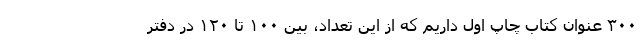
۳۰۰ عنوان کتاب چاپ اول داریم که از این تعداد، بین ۱۰۰ تا ۱۲۰ در دفتر